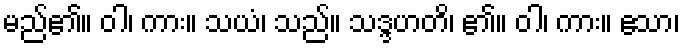
မည်၏။ ဝါ၊ ကား။ သယံ၊ သည်။ သဒ္ဒဟတိ၊ ၏။ ဝါ၊ ကား။ ဧသာ၊